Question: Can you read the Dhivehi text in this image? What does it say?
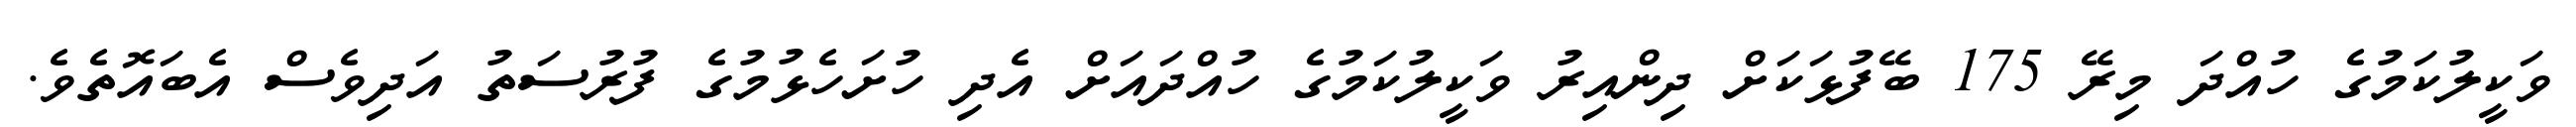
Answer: ވަކީލުކަމުގެ ހުއްދަ މިރޭ 175 ބޭފުޅަކަށް ދިންއިރު ވަކީލުކަމުގެ ހުއްދައަށް އެދި ހުށަހެޅުމުގެ ފުރުސަތު އަދިވެސް އެބައޮތެވެ.